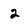
Character: 2